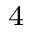
^ { 4 }